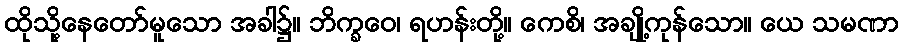
ထိုသို့နေတော်မူသော အခါ၌။ ဘိက္ခဝေ၊ ရဟန်းတို့။ ကေစိ၊ အချို့ကုန်သော။ ယေ သမဏာ